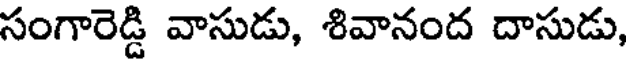
సంగారెడ్డి వాసుడు, శివానంద దాసుడు,